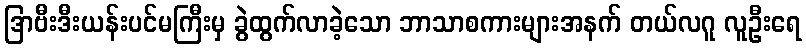
ဒြာဗီးဒီးယန်းပင်မကြီးမှ ခွဲထွက်လာခဲ့သော ဘာသာစကားများအနက် တယ်လဂူ လူဦးရေ